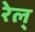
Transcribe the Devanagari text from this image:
रेल्